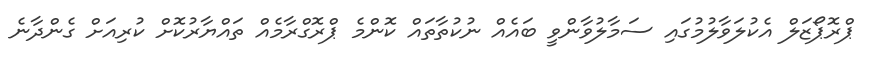
ޕްރޮޕޯޒަލް އެކުލަވާލުމުގައި ސަމާލުވާންވީ ބައެއް ނުކުތާތައް ކޮންމެ ޕްރޮގްރާމެއް ތައްޔާރުކޮށް ކުރިއަށް ގެންދާނެ